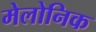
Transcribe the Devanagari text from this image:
मेलोनिक